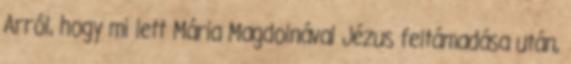
Arról, hogy mi lett Mária Magdolnával Jézus feltámadása után,